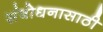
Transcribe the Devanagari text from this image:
संबोधनासाठी